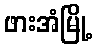
ဖားအံမြို့